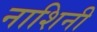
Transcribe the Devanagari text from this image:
नाशिनी